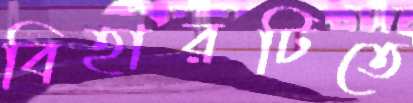
বিহারটিতে